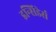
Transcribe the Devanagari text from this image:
इन्सिडेर्स